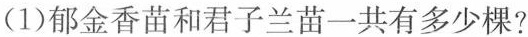
(1)郁金香苗和君子兰苗一共有多少棵?